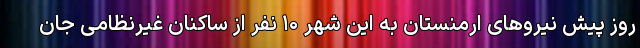
روز پیش نیروهای ارمنستان به این شهر ۱۰ نفر از ساکنان غیرنظامی جان